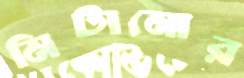
মিটানোর